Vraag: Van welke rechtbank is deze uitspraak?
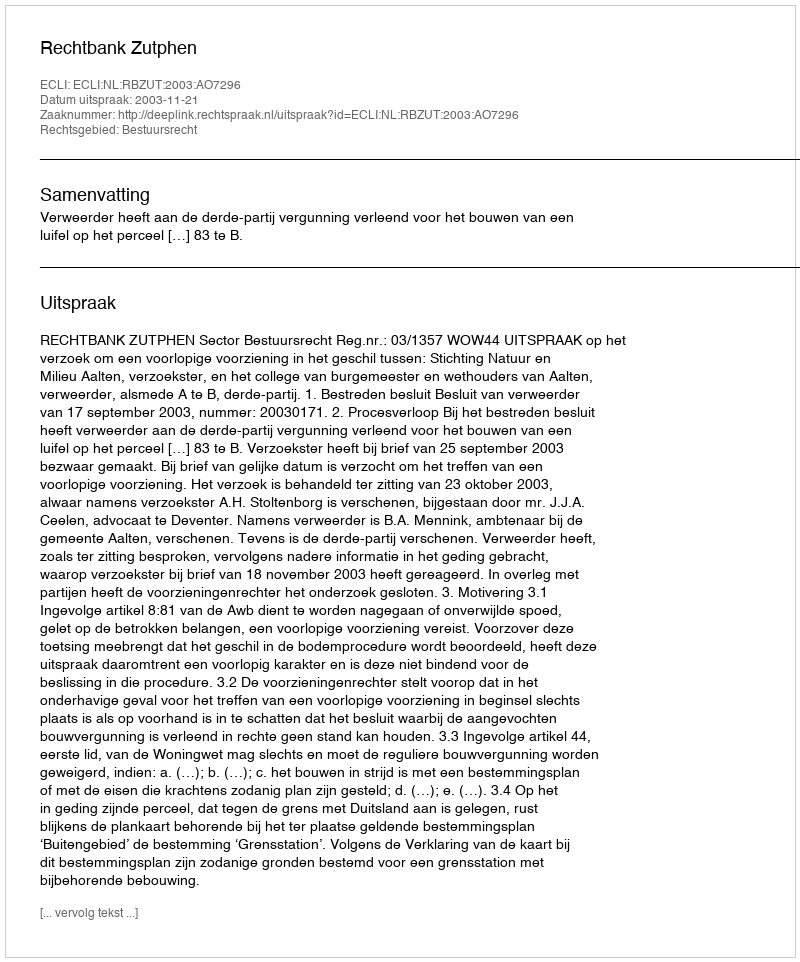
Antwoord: Rechtbank Zutphen